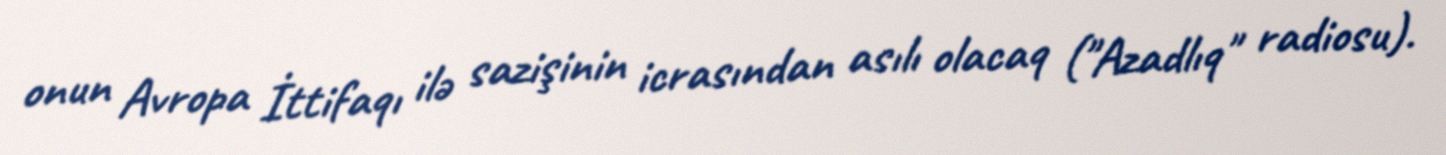
onun Avropa İttifaqı ilə sazişinin icrasından asılı olacaq ("Azadlıq" radiosu).